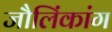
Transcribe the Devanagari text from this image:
जौलिंकांग